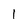
Character: l